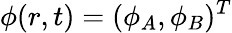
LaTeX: {\phi}(r,t)=(\phi_{A},\phi_{B})^{T}